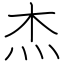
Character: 杰